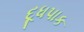
દૂધપાક